Vaccination in the Punjab 1905-1918 - 1905-1918
Year: 1905
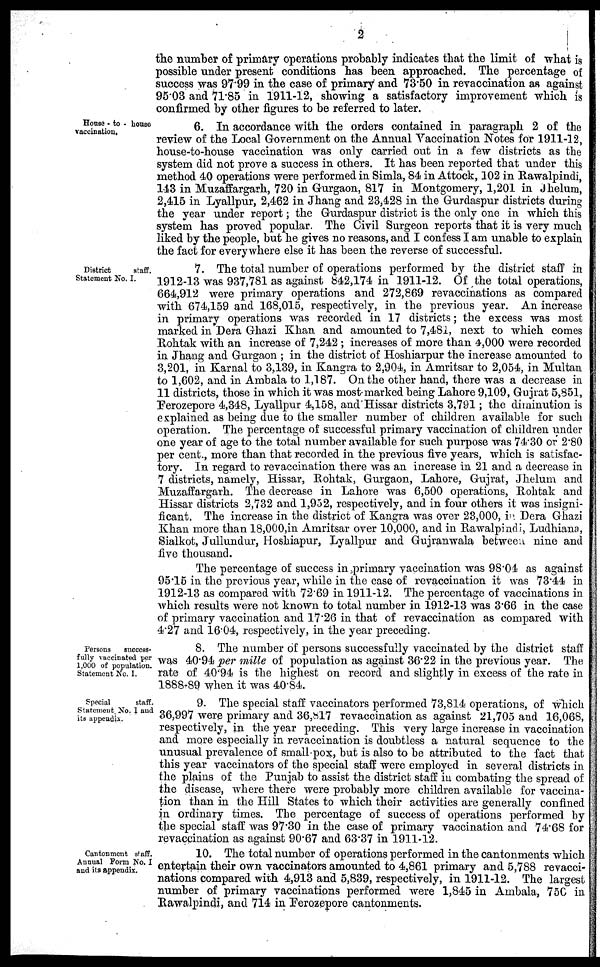
2
the number of primary operations probably indicates that the limit of what is
possible under present conditions has been approached. The percentage of
success was 97.99 in the case of primary and 73.50 in revaccination as against
95.03 and 71.85 in 1911-12, showing a satisfactory improvement which is
confirmed by other figures to be referred to later.
House - to - house
vaccination.
6. In accordance with the orders contained in paragraph 2 of the
review of the Local Government on the Annual Vaccination Notes for 1911-12,
house-to-house vaccination was only carried out in a few districts as the
system did not prove a success in others. It has been reported that under this
method 40 operations were performed in Simla, 84 in Attock, 102 in Rawalpindi,
143 in Muzaffargarh, 720 in Gurgaon, 817 in Montgomery, 1,201 in Jhelum,
2,415 in Lyallpur, 2,462 in Jhang and 23,428 in the Gurdaspur districts during
the year under report; the Gurdaspur district is the only one in which this
system has proved popular. The Civil Surgeon reports that it is very much
liked by the people, but he gives no reasons, and I confess I am unable to explain
the fact for everywhere else it has been the reverse of successful.
District
staff.
Statement No. I.
7. The total number of operations performed by the district staff in
1912-13 was 937,781 as against 842,174 in 1911-12. Of the total operations,
664,912 were primary operations and 272,869 revaccinations as compared
with 674,159 and 168,015, respectively, in the previous year. An increase
in primary operations was recorded in 17 districts; the excess was most
marked in Dera Ghazi Khan and amounted to 7,481, next to which comes
Rohtak with an increase of 7,242 ; increases of more than 4,000 were recorded
in Jhang and Gurgaon ; in the district of Hoshiarpur the increase amounted to
3,201, in Karnal to 3,139, in Kangra to 2,904, in Amritsar to 2,054, in Multan
to 1,602, and in Ambala to 1,187. On the other hand, there was a decrease in
11 districts, those in which it was most marked being Lahore 9,109, Gujrat 5,851,
Ferozepore 4,348, Lyallpur 4,158, and Hissar districts 3,791; the diminution is
explained as being due to the smaller number of children available for such
operation. The percentage of successful primary vaccination of children under
one year of age to the total number available for such purpose was 74.30 or 2.80
per cent., more than that recorded in the previous five years, which is satisfac-
tory. In regard to revaccination there was an increase in 21 and a decrease in
7 districts, namely, Hissar, Rohtak, Gurgaon, Lahore, Gujrat, Jhelum and
Muzaffargarh. The decrease in Lahore was 6,500 operations, Rohtak and
Hissar districts 2,732 and 1,952, respectively, and in four others it was insigni-
ficant. The increase in the district of Kangra was over 23,000, in Dera Ghazi
Khan more than 18,000,in Amritsar over 10,000, and in Rawalpindi, Ludhiana,
Sialkot, Jullundur, Hoshiapur, Lyallpur and Gujranwala between nine and
five thousand.
The percentage of success in primary vaccination was 98.04 as against
95.15 in the previous year, while in the case of revaccination it was 73.44 in
1912-13 as compared with 72.69 in 1911-12. The percentage of vaccinations in
which results were not known to total number in 1912-13 was 3.66 in the case
of primary vaccination and 17.26 in that of revaccination as compared with
4.27 and 16.04, respectively, in the year preceding.
Persons
success-
fully vaccinated per
1,000 of population.
Statement No. I.
8. The number of persons successfully vaccinated by the district staff
was 40.94 per mille of population as against 36.22 in the previous year. The
rate of 40.94 is the highest on record and slightly in excess of the rate in
1888-89 when it was 40.84.
Special
staff.
Statement. No. I and
its appendix.
9. The special staff vaccinators performed 73,814 operations, of which
36,997 were primary and 36,817 revaccination as against 21,705 and 16,068,
respectively, in the year preceding. This very large increase in vaccination
and more especially in revaccination is doubtless a natural sequence to the
unusual prevalence of small-pox, but is also to be attributed to the fact that
this year vaccinators of the special staff were employed in several districts in
the plains of the Punjab to assist the district staff in combating the spread of
the disease, where there were probably more children available for vaccina-
tion than in the Hill States to which their activities are generally confined
in ordinary times. The percentage of success of operations performed by
the special staff was 97.30 in the case of primary vaccination and 74.68 for
revaccination as against 90.67 and 63.37 in 1911-12.
Cantonment staff.
Annual Form No. I
and its appendix.
10. The total number of operations performed in the cantonments which
entertain their own vaccinators amounted to 4,861 primary and 5,788 revacci-
nations compared with 4,913 and 5,839, respectively, in 1911-12. The largest
number of primary vaccinations performed were 1,845 in Ambala, 750 in
Rawalpindi, and 714 in Ferozepore cantonments.